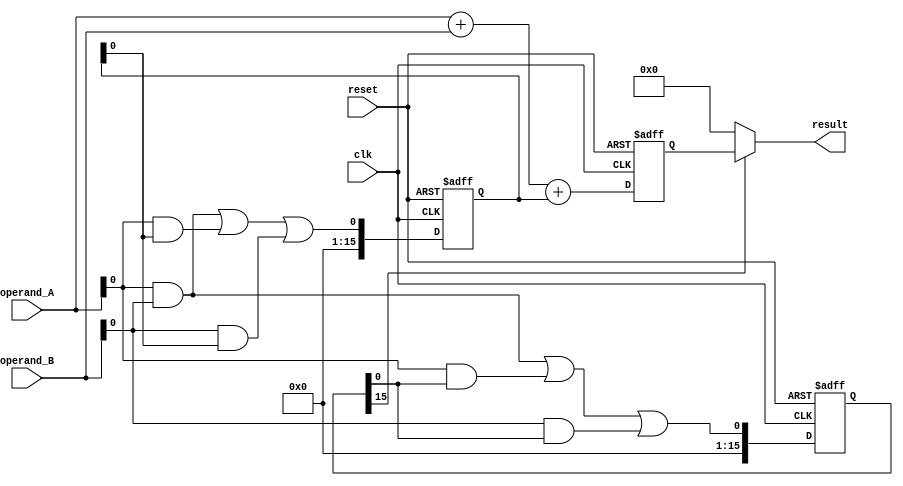
module carry_skip_adder (
    input wire clk,
    input wire reset,
    input wire [15:0] operand_A,
    input wire [15:0] operand_B,
    output wire [15:0] result
);

reg [15:0] sum;
reg [15:0] carryout;
reg [15:0] skip;

always @ (posedge clk or posedge reset) begin
    if (reset) begin
        sum <= 16'h0000;
        carryout <= 16'h0000;
        skip <= 16'h0000;
    end else begin
        sum <= operand_A + operand_B + carryout;
        carryout <= (operand_A[0] & operand_B[0]) | (operand_A[0] & carryout[0]) | (operand_B[0] & carryout[0]);
        skip <= (operand_A[0] & operand_B[0]) | (operand_A[0] & skip[0]) | (operand_B[0] & skip[0]);
    end
end

always @ (*) begin
    if (skip[15] == 1) begin
        result = sum;
    end else begin
        result = 16'h0000;
    end
end

endmodule